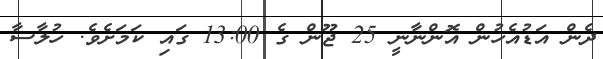
ދެން އަޑުއެހުން އޮންނާނީ 25 ޖޫން ގެ 13:00 ގައި ކަމަށެވެ. ހުލާސާ